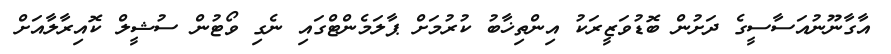
އާގާނޫނުއަސާސީގެ ދަށުން ބޮޑުވަޒީރަކު އިންތިޚާބު ކުރުމަށް ޕާލަމެންޓްގައި ނެގި ވޯޓުން ސުޝީލް ކޮއިރާލާއަށް